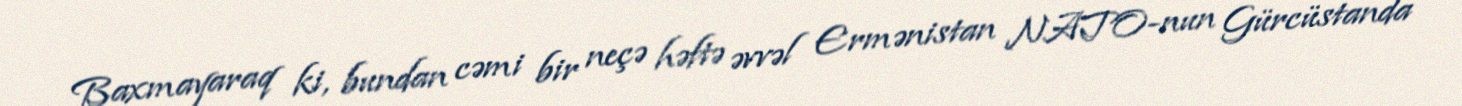
Baxmayaraq ki, bundan cəmi bir neçə həftə əvvəl Ermənistan NATO-nun Gürcüstanda